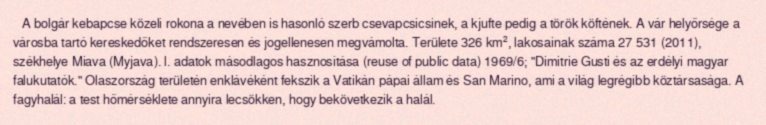
A bolgár kebapcse közeli rokona a nevében is hasonló szerb csevapcsicsinek, a kjufte pedig a török köftének. A vár helyőrsége a városba tartó kereskedőket rendszeresen és jogellenesen megvámolta. Területe 326 km², lakosainak száma 27 531 (2011), székhelye Miava (Myjava). l. adatok másodlagos hasznosítása (reuse of public data) 1969/6; "Dimitrie Gusti és az erdélyi magyar falukutatók." Olaszország területén enklávéként fekszik a Vatikán pápai állam és San Marino, ami a világ legrégibb köztársasága. A fagyhalál: a test hőmérséklete annyira lecsökken, hogy bekövetkezik a halál.